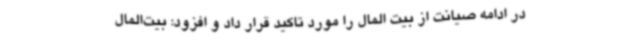
در ادامه صیانت از بیت المال را مورد تاکید قرار داد و افزود: بیت‌المال